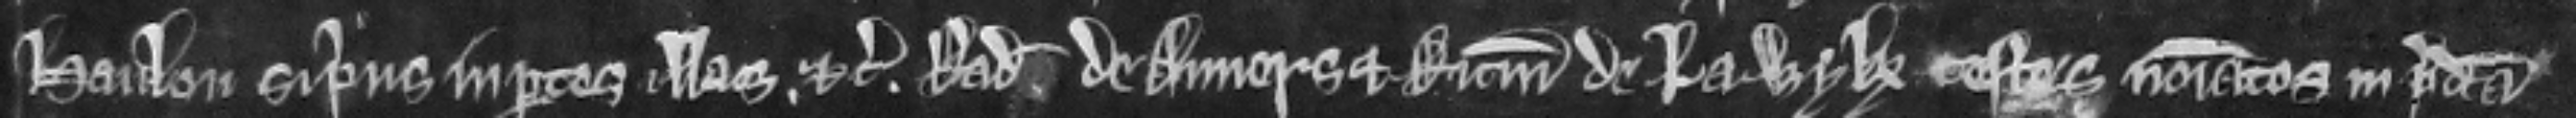
Haulon si prius in partes illas etc. Radulfum de Anvers et Ricardum de la Wyk testes nominatos in predicta